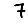
Digit: 7